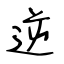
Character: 逆